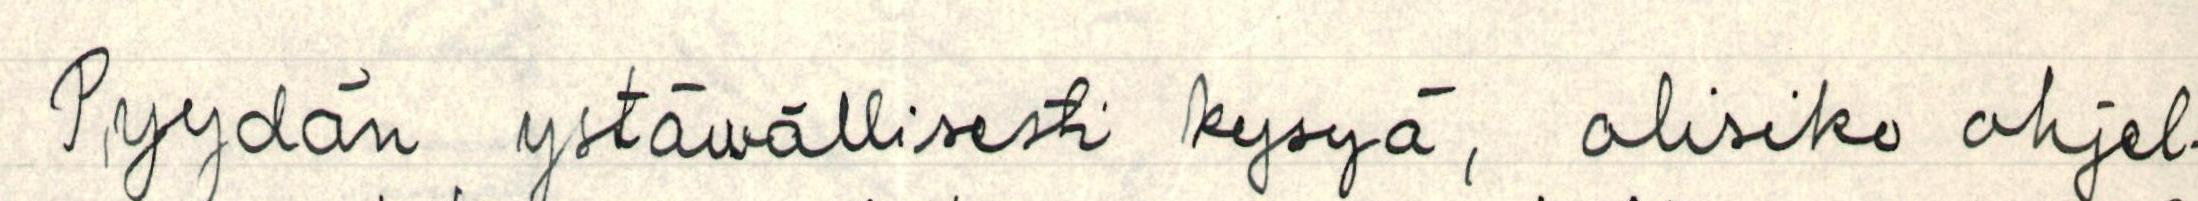
Pyydän ystävällisesti kysyä, olisiko ohjel